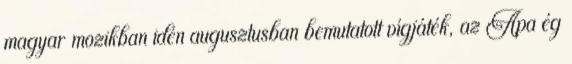
magyar mozikban idén augusztusban bemutatott vígjáték, az Apa ég